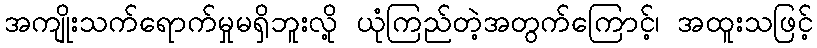
အကျိုးသက်ရောက်မှုမရှိဘူးလို့ ယုံကြည်တဲ့အတွက်ကြောင့်၊ အထူးသဖြင့်